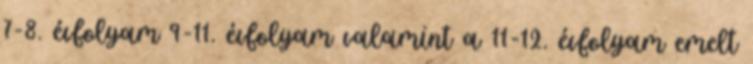
7-8. évfolyam 9-11. évfolyam valamint a 11-12. évfolyam emelt